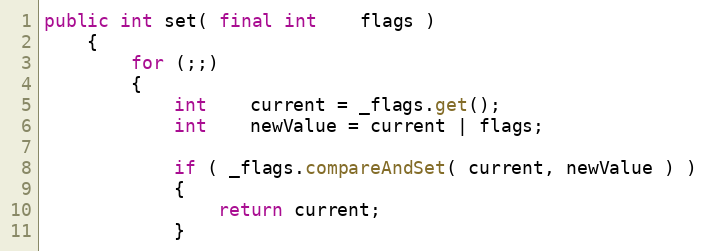
Language: Java
public int set( final int    flags )
    {
        for (;;)
        {
            int    current = _flags.get();
            int    newValue = current | flags;

            if ( _flags.compareAndSet( current, newValue ) )
            {
                return current;
            }